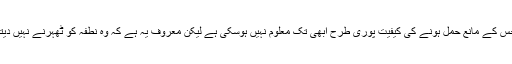
جس کے مانع حمل ہونے کى کيفيت پورى طرح ابھى تک معلوم نہيں ہوسکى ہے ليکن معروف يہ ہے کہ وہ نطفہ کو ٹھہرنے نہيں ديتا۔